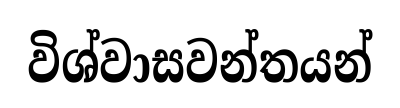
විශ්වාසවන්තයන්